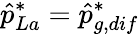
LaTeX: \hat{p}_{La}^{*}=\hat{p}_{g,dif}^{*}